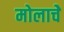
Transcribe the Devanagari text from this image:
मोलाचेे